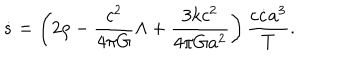
\dot { s } = \left( 2 \rho - { \frac { c ^ { 2 } } { 4 \pi G } } \Lambda + { \frac { 3 k c ^ { 2 } } { 4 \pi G a ^ { 2 } } } \right) { \frac { c \dot { c } a ^ { 3 } } { T } } .